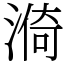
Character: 𣺈